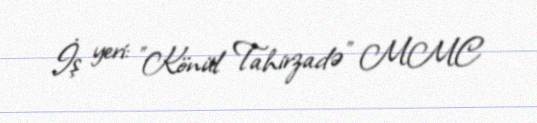
İş yeri: "Könül Tahirzadə" MMC